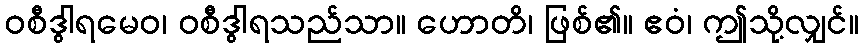
ဝစီဒွါရမေဝ၊ ဝစီဒွါရသည်သာ။ ဟောတိ၊ ဖြစ်၏။ ဧဝံ၊ ဤသို့လျှင်။